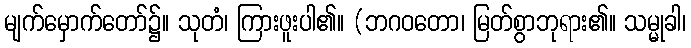
မျက်မှောက်တော်၌။ သုတံ၊ ကြားဖူးပါ၏။ (ဘဂဝတော၊ မြတ်စွာဘုရား၏။ သမ္မုခါ၊